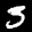
Label: 3